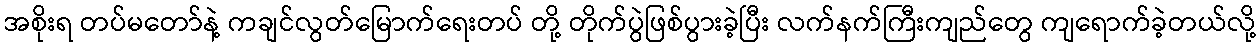
အစိုးရ တပ်မတော်နဲ့ ကချင်လွတ်မြောက်ရေးတပ် တို့ တိုက်ပွဲဖြစ်ပွားခဲ့ပြီး လက်နက်ကြီးကျည်တွေ ကျရောက်ခဲ့တယ်လို့